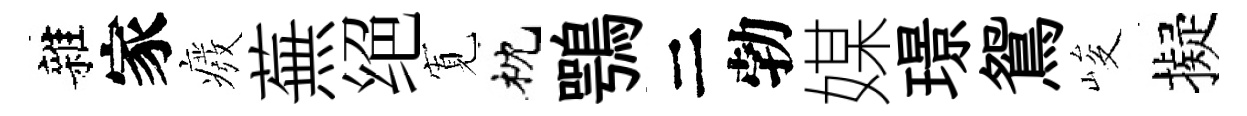
雜家癈蕪绝𡩖枕鶚二勃媒璟鴛峻擬